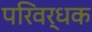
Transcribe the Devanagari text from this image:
परिवर्धक